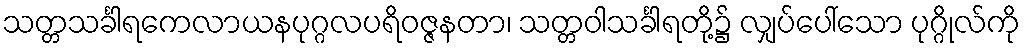
သတ္တသင်္ခါရကေလာယနပုဂ္ဂလပရိဝဇ္ဇနတာ၊ သတ္တဝါသင်္ခါရတို့၌ လျှပ်ပေါ်သော ပုဂ္ဂိုလ်ကို